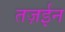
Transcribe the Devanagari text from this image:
तज़ईन